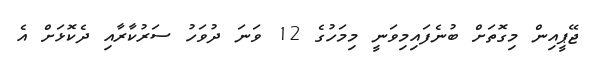
ޖޭޕީއިން މިގޮތަށް ބުނެފައިމިވަނީ މިމަހުގެ 12 ވަނަ ދުވަހު ސަރުކާރާއި ދެކޮޅަށް އެ